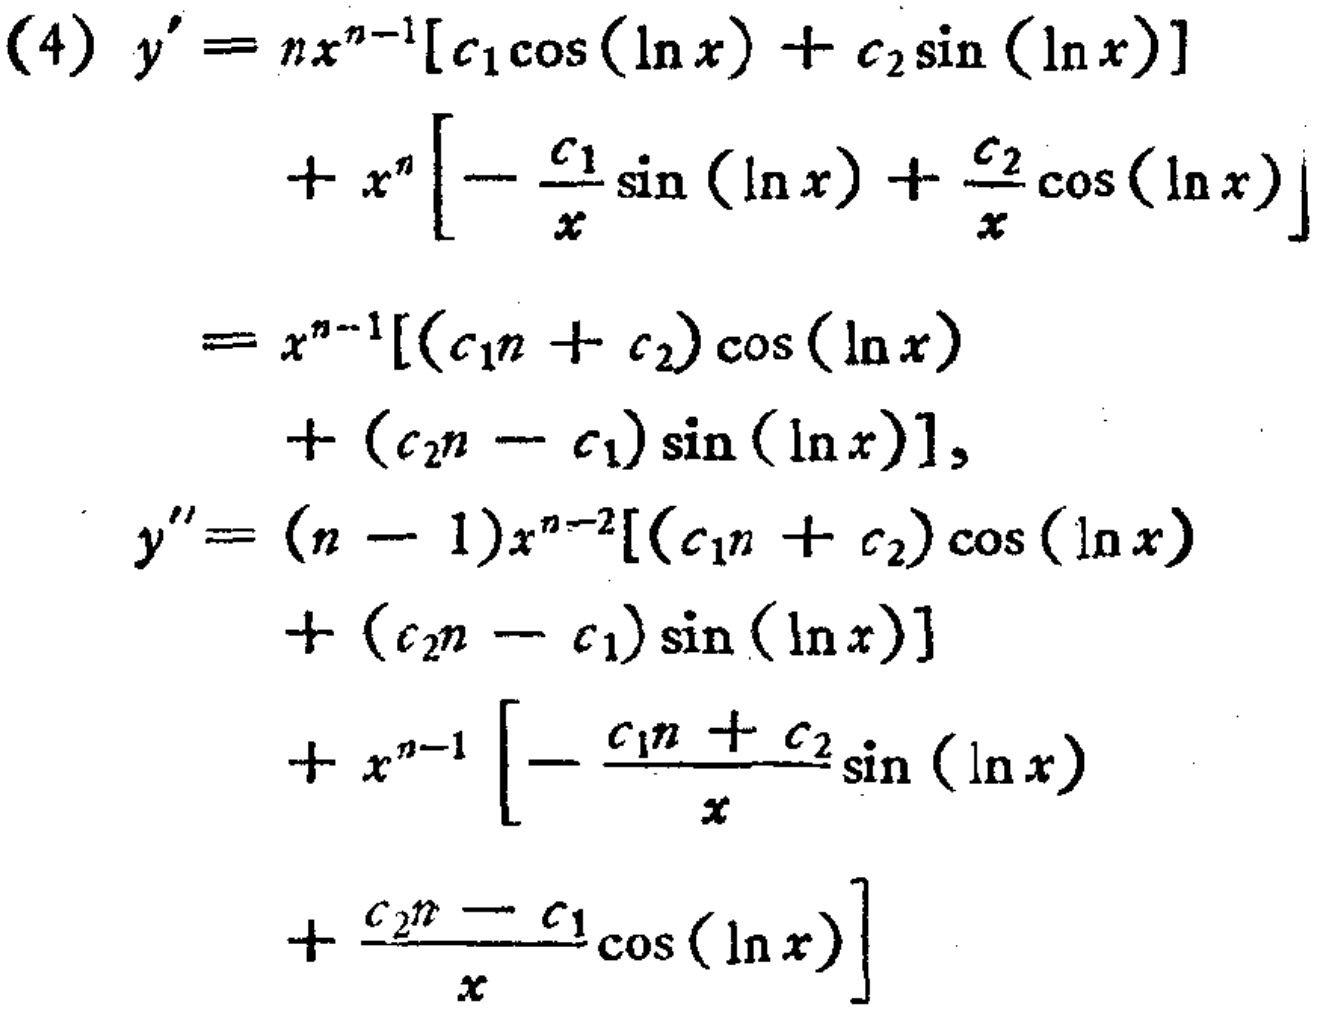
\begin{align*}
(4)\ y'&=nx^{n - 1}[c_1\cos(\ln x)+c_2\sin(\ln x)]\\
&+x^{n}\left[-\frac{c_1}{x}\sin(\ln x)+\frac{c_2}{x}\cos(\ln x)\right]\\
&=x^{n - 1}[(c_1n + c_2)\cos(\ln x)\\
&+(c_2n - c_1)\sin(\ln x)],\\
y''&=(n - 1)x^{n - 2}[(c_1n + c_2)\cos(\ln x)\\
&+(c_2n - c_1)\sin(\ln x)]\\
&+x^{n - 1}\left[-\frac{c_1n + c_2}{x}\sin(\ln x)\right.\\
&\left.+\frac{c_2n - c_1}{x}\cos(\ln x)\right]
\end{align*}